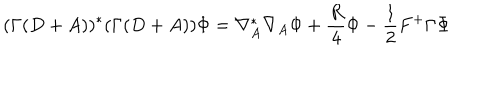
( \Gamma ( D + A ) ) ^ { * } ( \Gamma ( D + A ) ) \Phi = \nabla _ { A } ^ { * } \nabla _ { A } \Phi + \frac { R } { 4 } \Phi - \frac { 1 } { 2 } F ^ { + } \Gamma \Phi